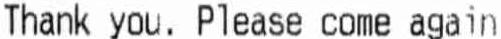
THANK YOU. PLEASE COME AGAIN